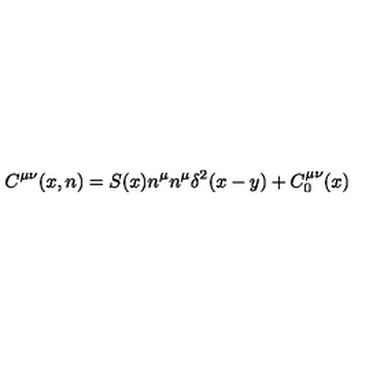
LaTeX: C ^ { \mu \nu } ( x , n ) = S ( x ) n ^ { \mu } n ^ { \mu } \delta ^ { 2 } ( x - y ) + C _ { 0 } ^ { \mu \nu } ( x )